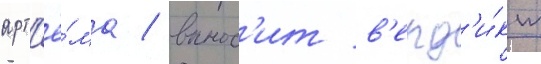
арт'ё́ма / вынос'ит в'ерд'и́кт